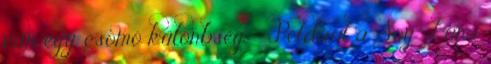
van egy csomó különbség - Például a Soy Luna